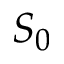
S _ { 0 }